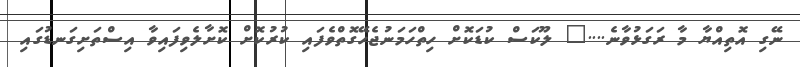
ނޭގި އޮތިއްޔާ މާ ރަގަޅުވާނެ...." ލޫކަސް ކުޑަކޮށް ހިތްހަމަނުޖެހޭގޮތްވެފައި ކުރުކޮށް ކޮށާލެވިފައިވާ އިސްތަށިގަނޑުގައި